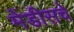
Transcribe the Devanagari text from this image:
मेंडीसचे